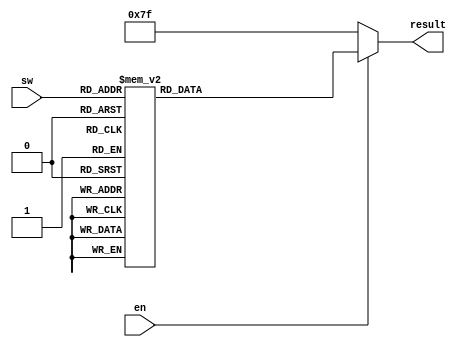
module s_s_display(sw, en, result);

	input [3:0] sw;
	input en;
	output reg [0:6] result;

	always @(*) begin
		if (~en) result = 7'b1111111;
		else begin
			case (sw)
				4'b0000:	result = 7'b0000001; // 0
				4'b0001:	result = 7'b1001111; // 1
				4'b0010:	result = 7'b0010010; // 2
				4'b0011:	result = 7'b0000110; // 3
				4'b0100:	result = 7'b1001100; // 4
				4'b0101:	result = 7'b0100100; // 5
				4'b0110:	result = 7'b0100000; // 6
				4'b0111:	result = 7'b0001111; // 7
				4'b1000:	result = 7'b0000000; // 8
				4'b1001:	result = 7'b0000100; // 9
				4'b1010:	result = 7'b0001000; // A
				4'b1011:	result = 7'b1100000; // B
				4'b1100:	result = 7'b0110001; // C
				4'b1101:	result = 7'b1000010; // D
				4'b1110:	result = 7'b0110000; // E
				4'b1111:	result = 7'b0111000; // F
			endcase
		end
	end

endmodule